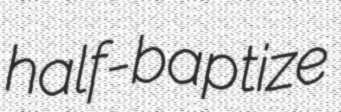
half-baptize